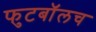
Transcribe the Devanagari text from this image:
फुटबाॅलच